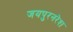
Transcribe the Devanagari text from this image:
जयपुरनरेश